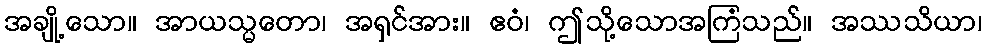
အချို့သော။ အာယသ္မတော၊ အရှင်အား။ ဧဝံ၊ ဤသို့သောအကြံသည်။ အဿသိယာ၊